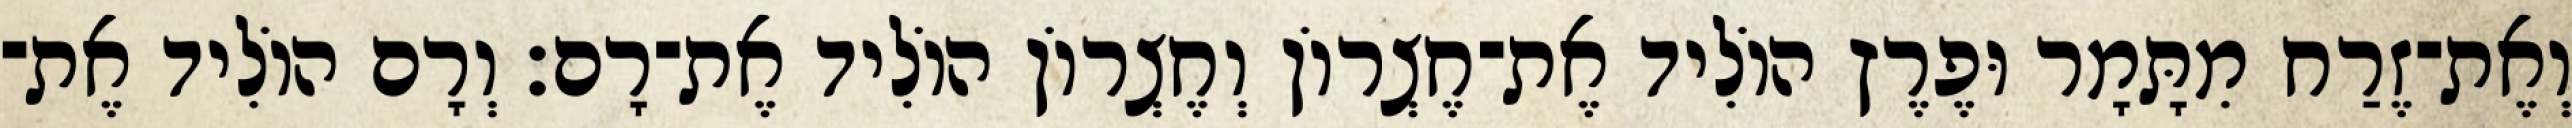
וְאֶת־זֶרַח מִתָּמָר וּפֶרֶץ הוֹלִיד אֶת־חֶצְרוֹן וְחֶצְרוֹן הוֹלִיד אֶת־רָם׃ וְרָם הוֹלִיד אֶת־